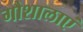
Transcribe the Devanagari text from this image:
गौशालाएं